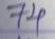
74